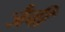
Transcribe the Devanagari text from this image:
जैवी